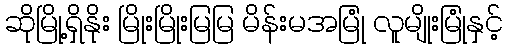
ဆိုမြို့ရှိနိုး မြိုးမြိုးမြမြ မိန်းမအမြုံ လူမျိုးမြုံနှင့်